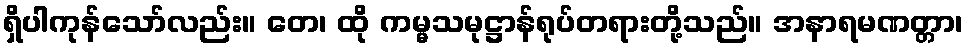
ရှိပါကုန်သော်လည်း။ တေ၊ ထို ကမ္မသမုဋ္ဌာန်ရုပ်တရားတို့သည်။ အနာရမဏတ္တာ၊